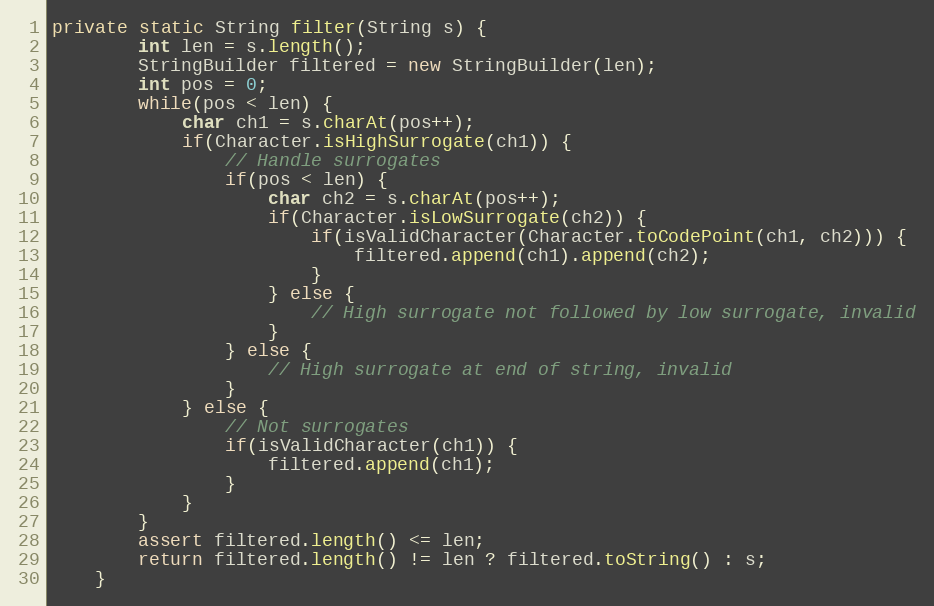
Language: Java
private static String filter(String s) {
		int len = s.length();
		StringBuilder filtered = new StringBuilder(len);
		int pos = 0;
		while(pos < len) {
			char ch1 = s.charAt(pos++);
			if(Character.isHighSurrogate(ch1)) {
				// Handle surrogates
				if(pos < len) {
					char ch2 = s.charAt(pos++);
					if(Character.isLowSurrogate(ch2)) {
						if(isValidCharacter(Character.toCodePoint(ch1, ch2))) {
							filtered.append(ch1).append(ch2);
						}
					} else {
						// High surrogate not followed by low surrogate, invalid
					}
				} else {
					// High surrogate at end of string, invalid
				}
			} else {
				// Not surrogates
				if(isValidCharacter(ch1)) {
					filtered.append(ch1);
				}
			}
		}
		assert filtered.length() <= len;
		return filtered.length() != len ? filtered.toString() : s;
	}